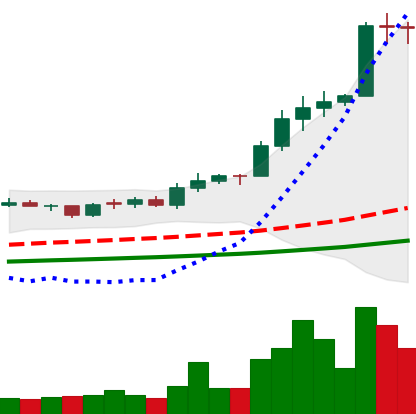
Ticker: ADA-USD
Chart end date: 2021-02-12
Forward return: -3.745%
Label: down_3_5